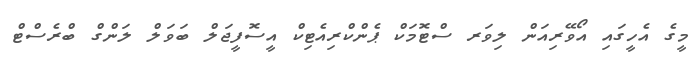
މީގެ އެހީގައި އޯވޭރިއަން ލިވަރ ސްޓޮމަކް ޕެންކްރިއެޓިކް އީސޮފީޖަލް ބަވަލް ލަންގް ބްރެސްޓް